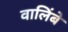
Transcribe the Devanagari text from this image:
वालिंबे